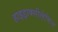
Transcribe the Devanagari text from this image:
हाइड्राक्सीलेमिन